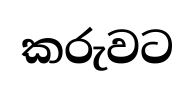
කරුවට